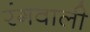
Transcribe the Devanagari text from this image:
रंगवाली